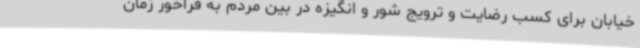
خیابان برای کسب رضایت و ترویج شور و انگیزه در بین مردم به فراخور زمان